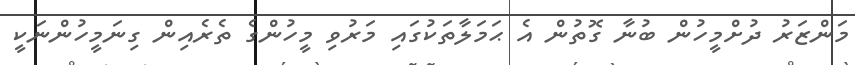
މަންޒަރު ދުށްމީހުން ބުނާ ގޮތުން އެ ޙަމަލާތަކުގައި މަރުވި މީހުންގެ ތެރެއިން ގިނަމީހުންނަކީ